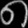
Digit: ၈